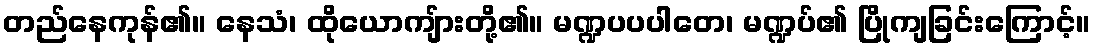
တည်နေကုန်၏။ နေသံ၊ ထိုယောကျ်ားတို့၏။ မဏ္ဍပပပါတေ၊ မဏ္ဍပ်၏ ပြိုကျခြင်းကြောင့်။